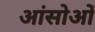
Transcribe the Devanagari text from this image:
आंसोओं